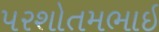
પરશોતમભાઇ